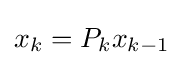
x_{k}=P_{k}x_{k-1}